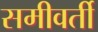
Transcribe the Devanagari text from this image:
समीवर्ती